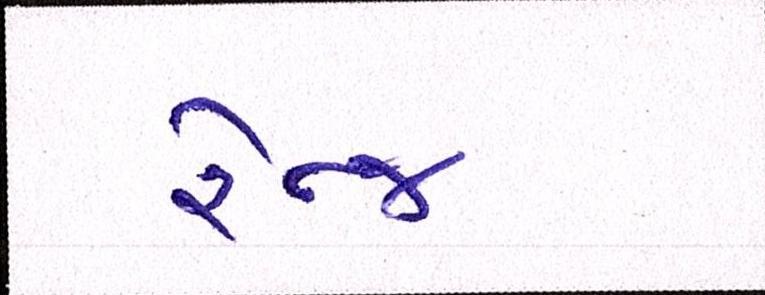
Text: રેન્જ